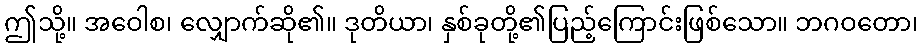
ဤသို့။ အဝေါစ၊ လျှောက်ဆို၏။ ဒုတိယာ၊ နှစ်ခုတို့၏ပြည့်ကြောင်းဖြစ်သော။ ဘဂဝတော၊